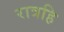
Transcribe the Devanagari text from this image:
रात्रहि